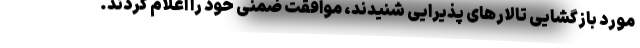
مورد بازگشایی تالارهای پذیرایی شنیدند، موافقت ضمنی خود را اعلام کردند.